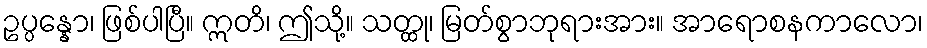
ဥပ္ပန္နော၊ ဖြစ်ပါပြီ။ ဣတိ၊ ဤသို့။ သတ္ထု၊ မြတ်စွာဘုရားအား။ အာရောစနကာလော၊